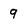
Character: 9